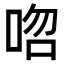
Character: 𠳪